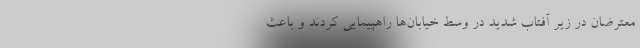
معترضان در زیر آفتاب شدید در وسط خیابان‌ها راهپیمایی کردند و باعث